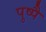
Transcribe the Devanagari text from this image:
पुष्पै